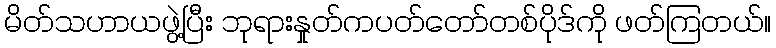
မိတ်သဟာယဖွဲ့ပြီး ဘုရားနှုတ်ကပတ်တော်တစ်ပိုဒ်ကို ဖတ်ကြတယ်။